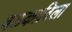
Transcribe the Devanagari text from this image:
बळकाविला